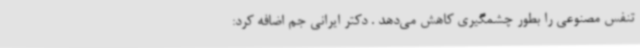
تنفس مصنوعی را بطور چشمگیری کاهش می‌دهد . دکتر ایرانی جم اضافه کرد: